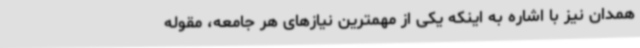
همدان نیز با اشاره به اینکه یکی از مهمترین نیازهای هر جامعه، مقوله